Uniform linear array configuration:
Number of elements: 12
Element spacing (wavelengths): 1
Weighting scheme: cosine
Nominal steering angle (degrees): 15
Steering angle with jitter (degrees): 13.803
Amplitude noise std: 0.05
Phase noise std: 0.05

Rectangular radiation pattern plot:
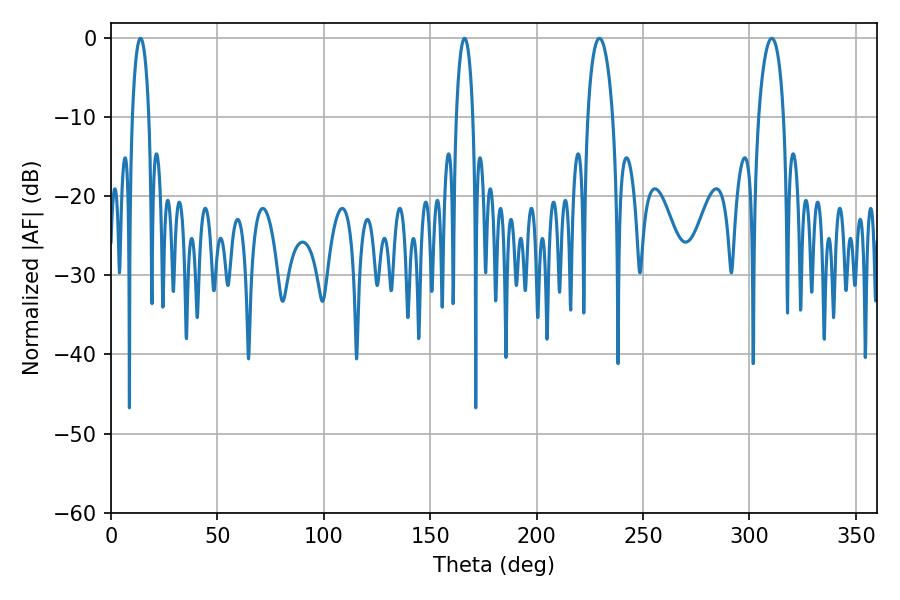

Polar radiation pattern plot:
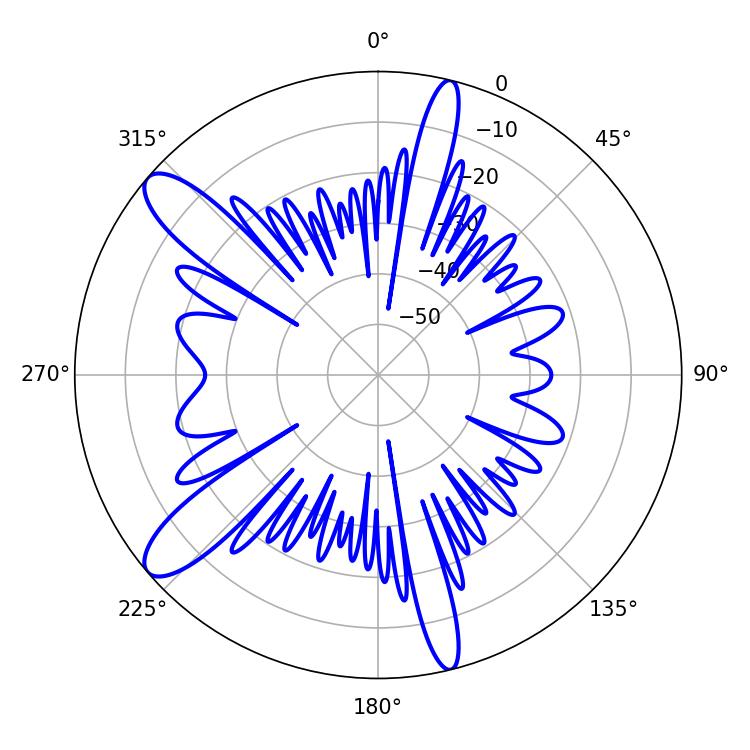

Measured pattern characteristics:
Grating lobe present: TRUE
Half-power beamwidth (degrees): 4.32
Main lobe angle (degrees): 166.14